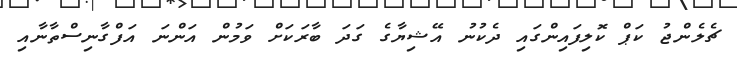
ޗެލެންޖު ކަޕް ކޮލިފައިންގައި ދެކުނު އޭޝިޔާގެ ގަދަ ބާރަކަށް ވަމުން އަންނަ އަފްގާނިސްތާނާއި